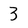
Character: 3